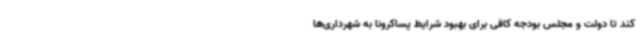
کند تا دولت و مجلس بودجه کافی برای بهبود شرایط پساکرونا به شهرداری‌ها